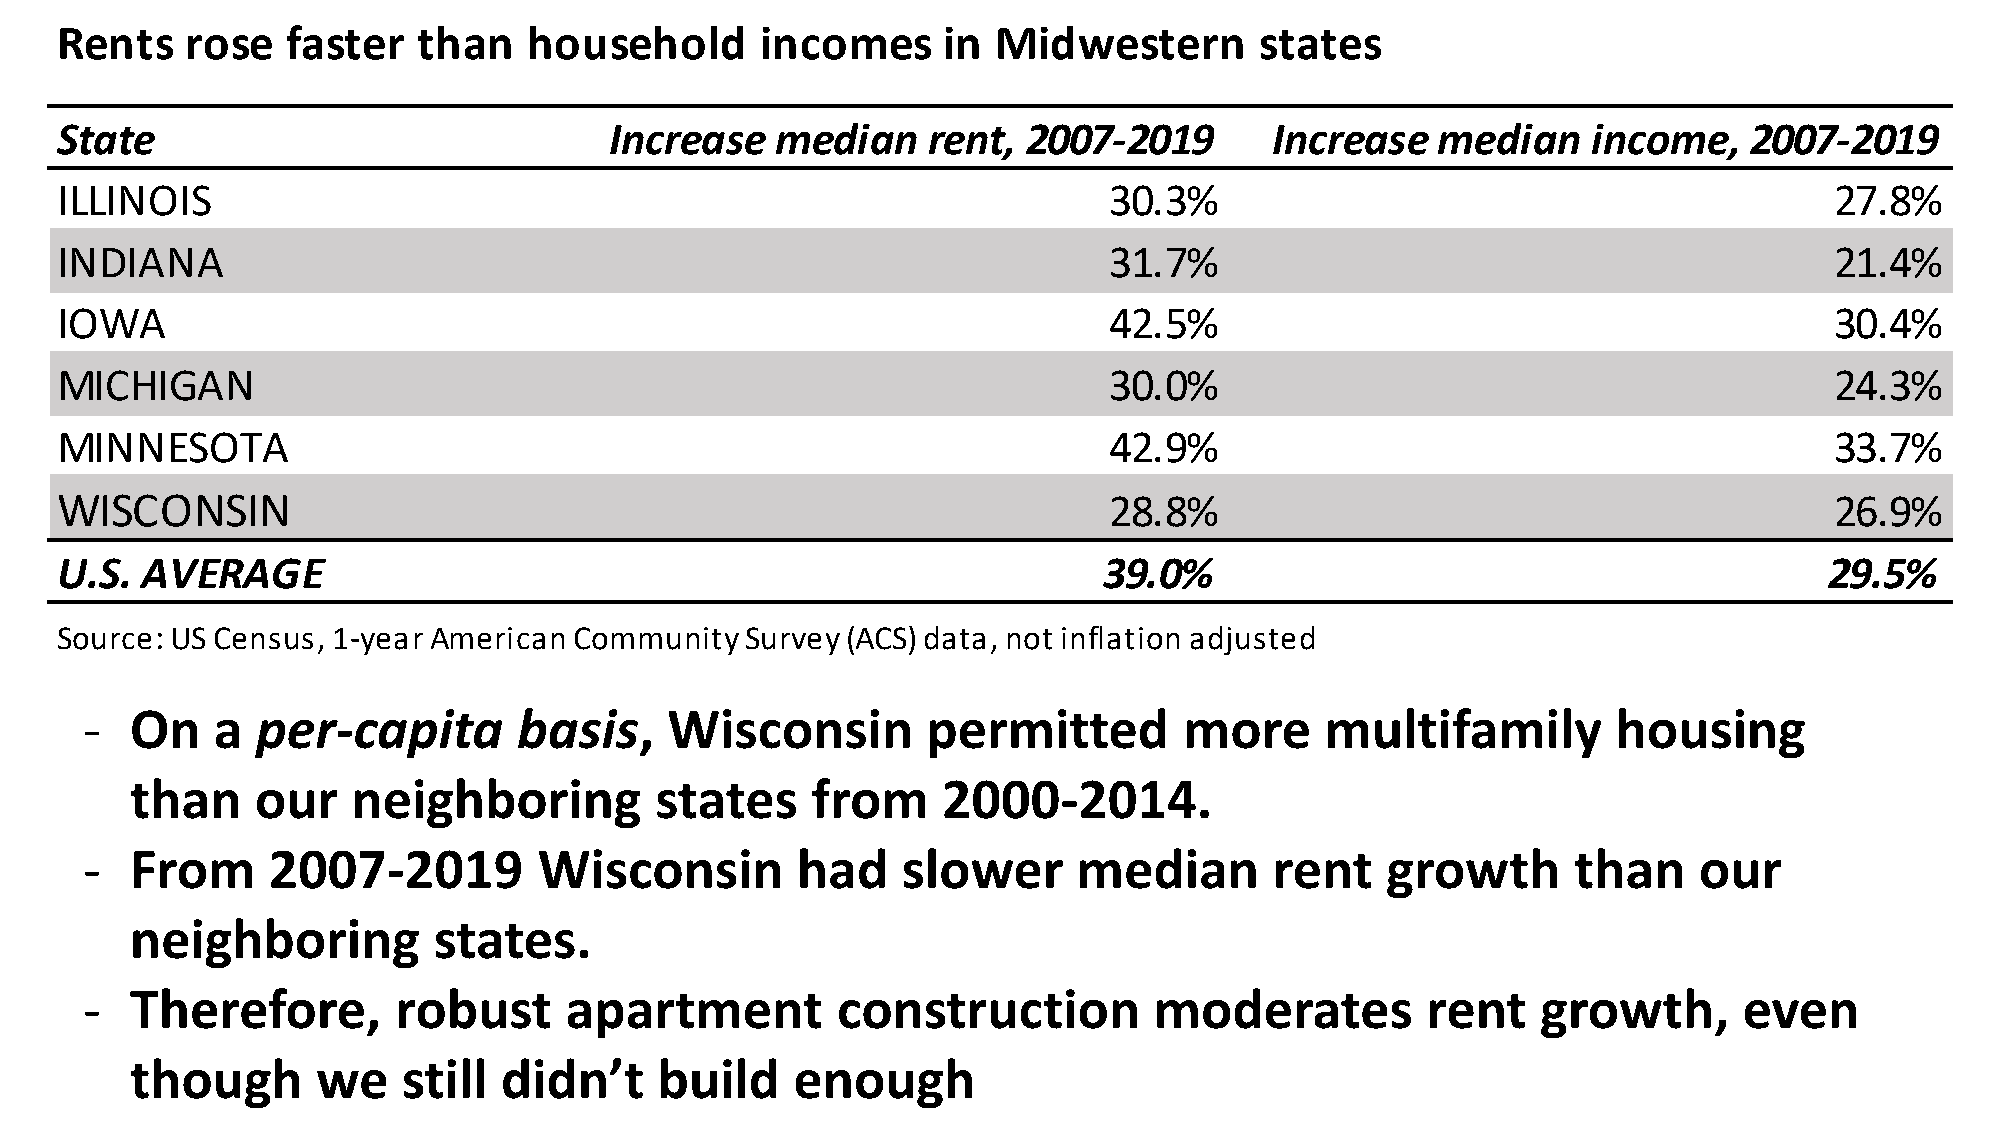
Rents   rose   faster   than   household      incomes     in  Midwestern       states
 State                               Increase   median    rent,  2007-2019       Increase   median    income,    2007-2019
 ILLINOIS                                                             30.3%                                           27.8%
 INDIANA                                                              31.7%                                           21.4%
 IOWA                                                                 42.5%                                           30.4%
 MICHIGAN                                                             30.0%                                           24.3%
 MINNESOTA                                                            42.9%                                           33.7%
 WISCONSIN                                                            28.8%                                           26.9%
 U.S. AVERAGE                                                         39.0%                                           29.5%
 Source: US Census, 1-year American Community Survey (ACS) data, not inflation adjusted
 -   On   a  per-capita       basis,    Wisconsin        permitted        more      multifamily        housing
 than    our   neighboring         states     from    2000-2014.
 -   From     2007-2019         Wisconsin        had    slower     median       rent    growth      than    our
 neighboring         states.
 -   Therefore,       robust     apartment         construction         moderates         rent    growth,      even
 though      we    still didn’t     build    enough